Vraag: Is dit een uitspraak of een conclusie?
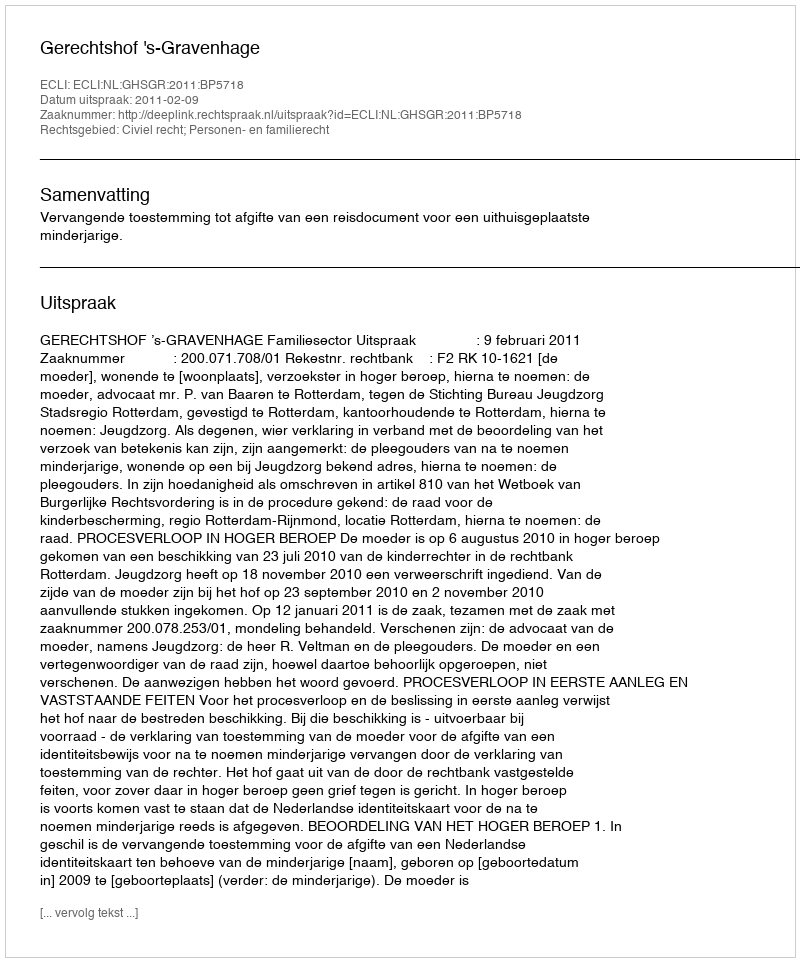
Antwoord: Uitspraak